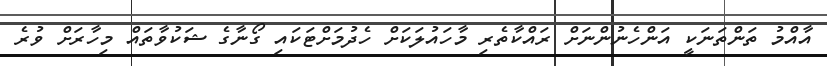
އާއްމު ތަންތަނަކީ އަންހެނުންނަށް ރައްކާތެރި މާހައުލަކަށް ހެދުމަށްޓަކައި ގޯނާގެ ޝަކުވާތައް މިހާރަށް ވުރެ